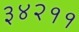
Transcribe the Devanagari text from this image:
३४२११